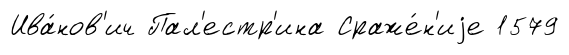
Ива́нов'ич Пал'естр'ина Сраже́н'иjе 1579